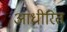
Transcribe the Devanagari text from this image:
आधीरित